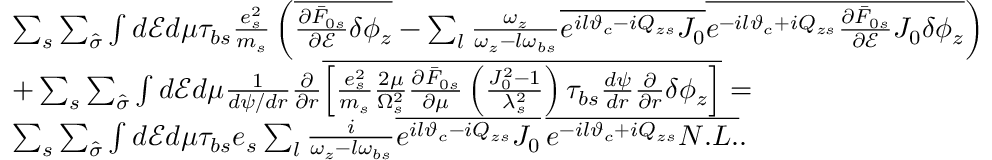
\begin{array} { r l } & { \sum _ { s } \sum _ { \hat { \sigma } } \int d \mathcal { E } d \mu \tau _ { b s } \frac { e _ { s } ^ { 2 } } { m _ { s } } \left( \overline { { \frac { \partial \bar { F } _ { 0 s } } { \partial \mathcal { E } } \delta \phi _ { z } } } - \sum _ { l } \frac { \omega _ { z } } { \omega _ { z } - l \omega _ { b s } } \overline { { e ^ { i l \vartheta _ { c } - i Q _ { z s } } J _ { 0 } } } \overline { { e ^ { - i l \vartheta _ { c } + i Q _ { z s } } \frac { \partial \bar { F } _ { 0 s } } { \partial \mathcal { E } } J _ { 0 } \delta \phi _ { z } } } \right) } \\ & { + \sum _ { s } \sum _ { \hat { \sigma } } \int d \mathcal { E } d \mu \frac { 1 } { d \psi / d r } \frac { \partial } { \partial r } \overline { { \left[ \frac { e _ { s } ^ { 2 } } { m _ { s } } \frac { 2 \mu } { \Omega _ { s } ^ { 2 } } \frac { \partial \bar { F } _ { 0 s } } { \partial \mu } \left( \frac { J _ { 0 } ^ { 2 } - 1 } { \lambda _ { s } ^ { 2 } } \right) \tau _ { b s } \frac { d \psi } { d r } \frac { \partial } { \partial r } \delta \phi _ { z } \right] } } = } \\ & { \sum _ { s } \sum _ { \hat { \sigma } } \int d \mathcal { E } d \mu \tau _ { b s } e _ { s } \sum _ { l } \frac { i } { \omega _ { z } - l \omega _ { b s } } \overline { { e ^ { i l \vartheta _ { c } - i Q _ { z s } } J _ { 0 } } } \, \overline { { e ^ { - i l \vartheta _ { c } + i Q _ { z s } } N . L . } } . } \end{array}